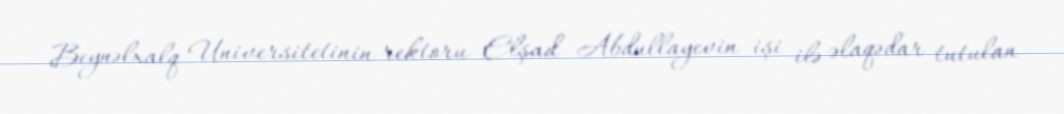
Beynəlxalq Universitetinin rektoru Elşad Abdullayevin işi ilə əlaqədar tutulan